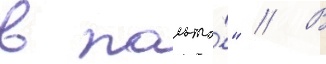
в пальто́" // В